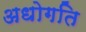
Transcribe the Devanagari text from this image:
अधोगति